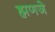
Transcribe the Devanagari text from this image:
ह्मणजे